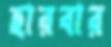
হারবার